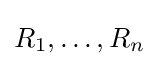
R_{1},\dots ,R_{n}